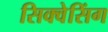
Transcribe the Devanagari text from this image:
सिक्वेसिंग